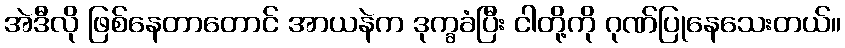
အဲဒီလို ဖြစ်နေတာတောင် အာယနဲက ဒုက္ခခံပြီး ငါတို့ကို ဂုဏ်ပြုနေသေးတယ်။